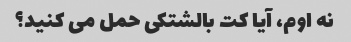
نه اوم، آیا کت بالشتکی حمل می کنید؟